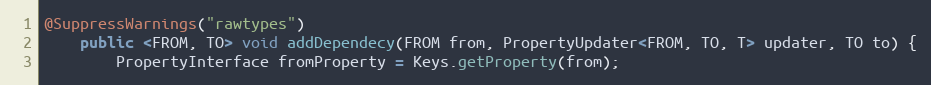
Language: Java
@SuppressWarnings("rawtypes")
	public <FROM, TO> void addDependecy(FROM from, PropertyUpdater<FROM, TO, T> updater, TO to) {
		PropertyInterface fromProperty = Keys.getProperty(from);